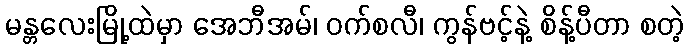
မန္တလေးမြို့ထဲမှာ အေဘီအမ်၊ ဝက်စလီ၊ ကွန်ဗင့်နဲ့ စိန့်ပီတာ စတဲ့